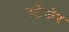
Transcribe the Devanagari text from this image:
स्टेंजेर